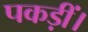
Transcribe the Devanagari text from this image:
पकड़ीं।